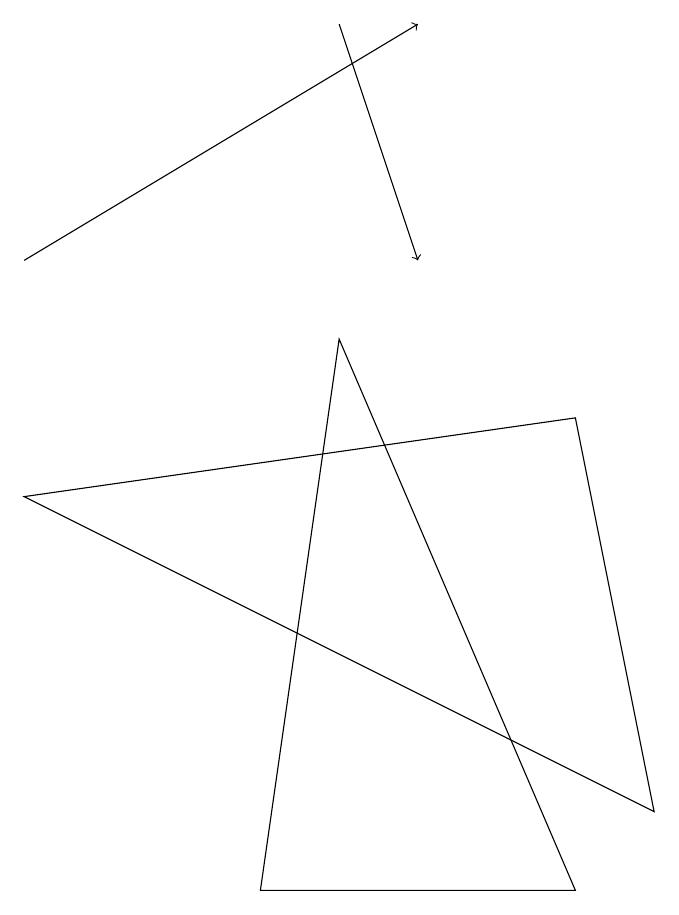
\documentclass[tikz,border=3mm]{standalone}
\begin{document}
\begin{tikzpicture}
\draw[->] (4,13) -- (5,10);
\draw[->] (0,10) -- (5,13);
\draw (0,7) -- (8,3) -- (7,8) -- cycle;
\draw (4,9) -- (7,2) -- (3,2) -- cycle;
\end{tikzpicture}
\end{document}